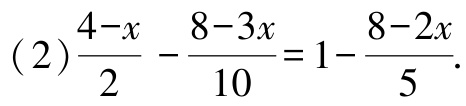
(2)$\frac{4 - x}{2} - \frac{8 - 3x}{10} = 1 - \frac{8 - 2x}{5}$.